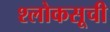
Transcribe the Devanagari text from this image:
श्लोकसूची